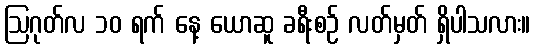
ဩဂုတ်လ ၁၀ ရက် နေ့ ယောဆူ ခရီးစဉ် လတ်မှတ် ရှိပါသလား။